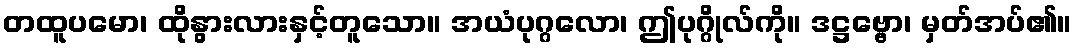
တထူပမော၊ ထိုနွားလားနှင့်တူသော။ အယံပုဂ္ဂလော၊ ဤပုဂ္ဂိုလ်ကို။ ဒဋ္ဌဗ္ဗော၊ မှတ်အပ်၏။